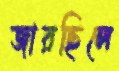
জারছিলে